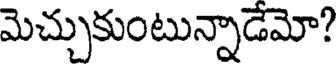
మెచ్చుకుంటున్నాడేమో?